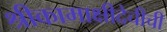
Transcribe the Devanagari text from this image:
श्रीकामाक्षीदेचीची